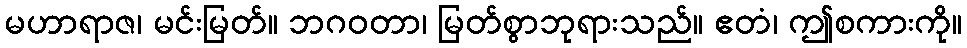
မဟာရာဇ၊ မင်းမြတ်။ ဘဂဝတာ၊ မြတ်စွာဘုရားသည်။ ဧတံ၊ ဤစကားကို။